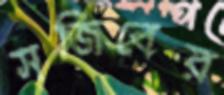
সজিবের